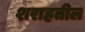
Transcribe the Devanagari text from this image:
शराहतील